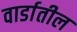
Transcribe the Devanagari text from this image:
वार्डातील